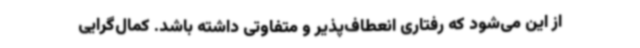
از این می‌شود که رفتاری انعطاف‌پذیر و متفاوتی داشته باشد. کمال‌گرایی